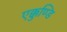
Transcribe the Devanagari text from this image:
एक्कुण्डि